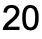
20